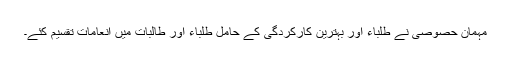
مہمان حصوصی نے طلباء اور بہترین کارکردگی کے حامل طلباء اور طالبات میں انعامات تقسیم کئے۔